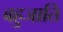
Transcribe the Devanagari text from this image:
बहुजाति